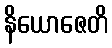
နိယောဇေတိ